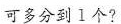
可多分到1个?